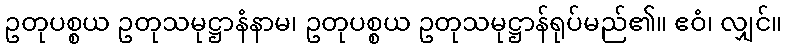
ဥတုပစ္စယ ဥတုသမုဋ္ဌာနံနာမ၊ ဥတုပစ္စယ ဥတုသမုဋ္ဌာန်ရုပ်မည်၏။ ဧဝံ၊ လျှင်။